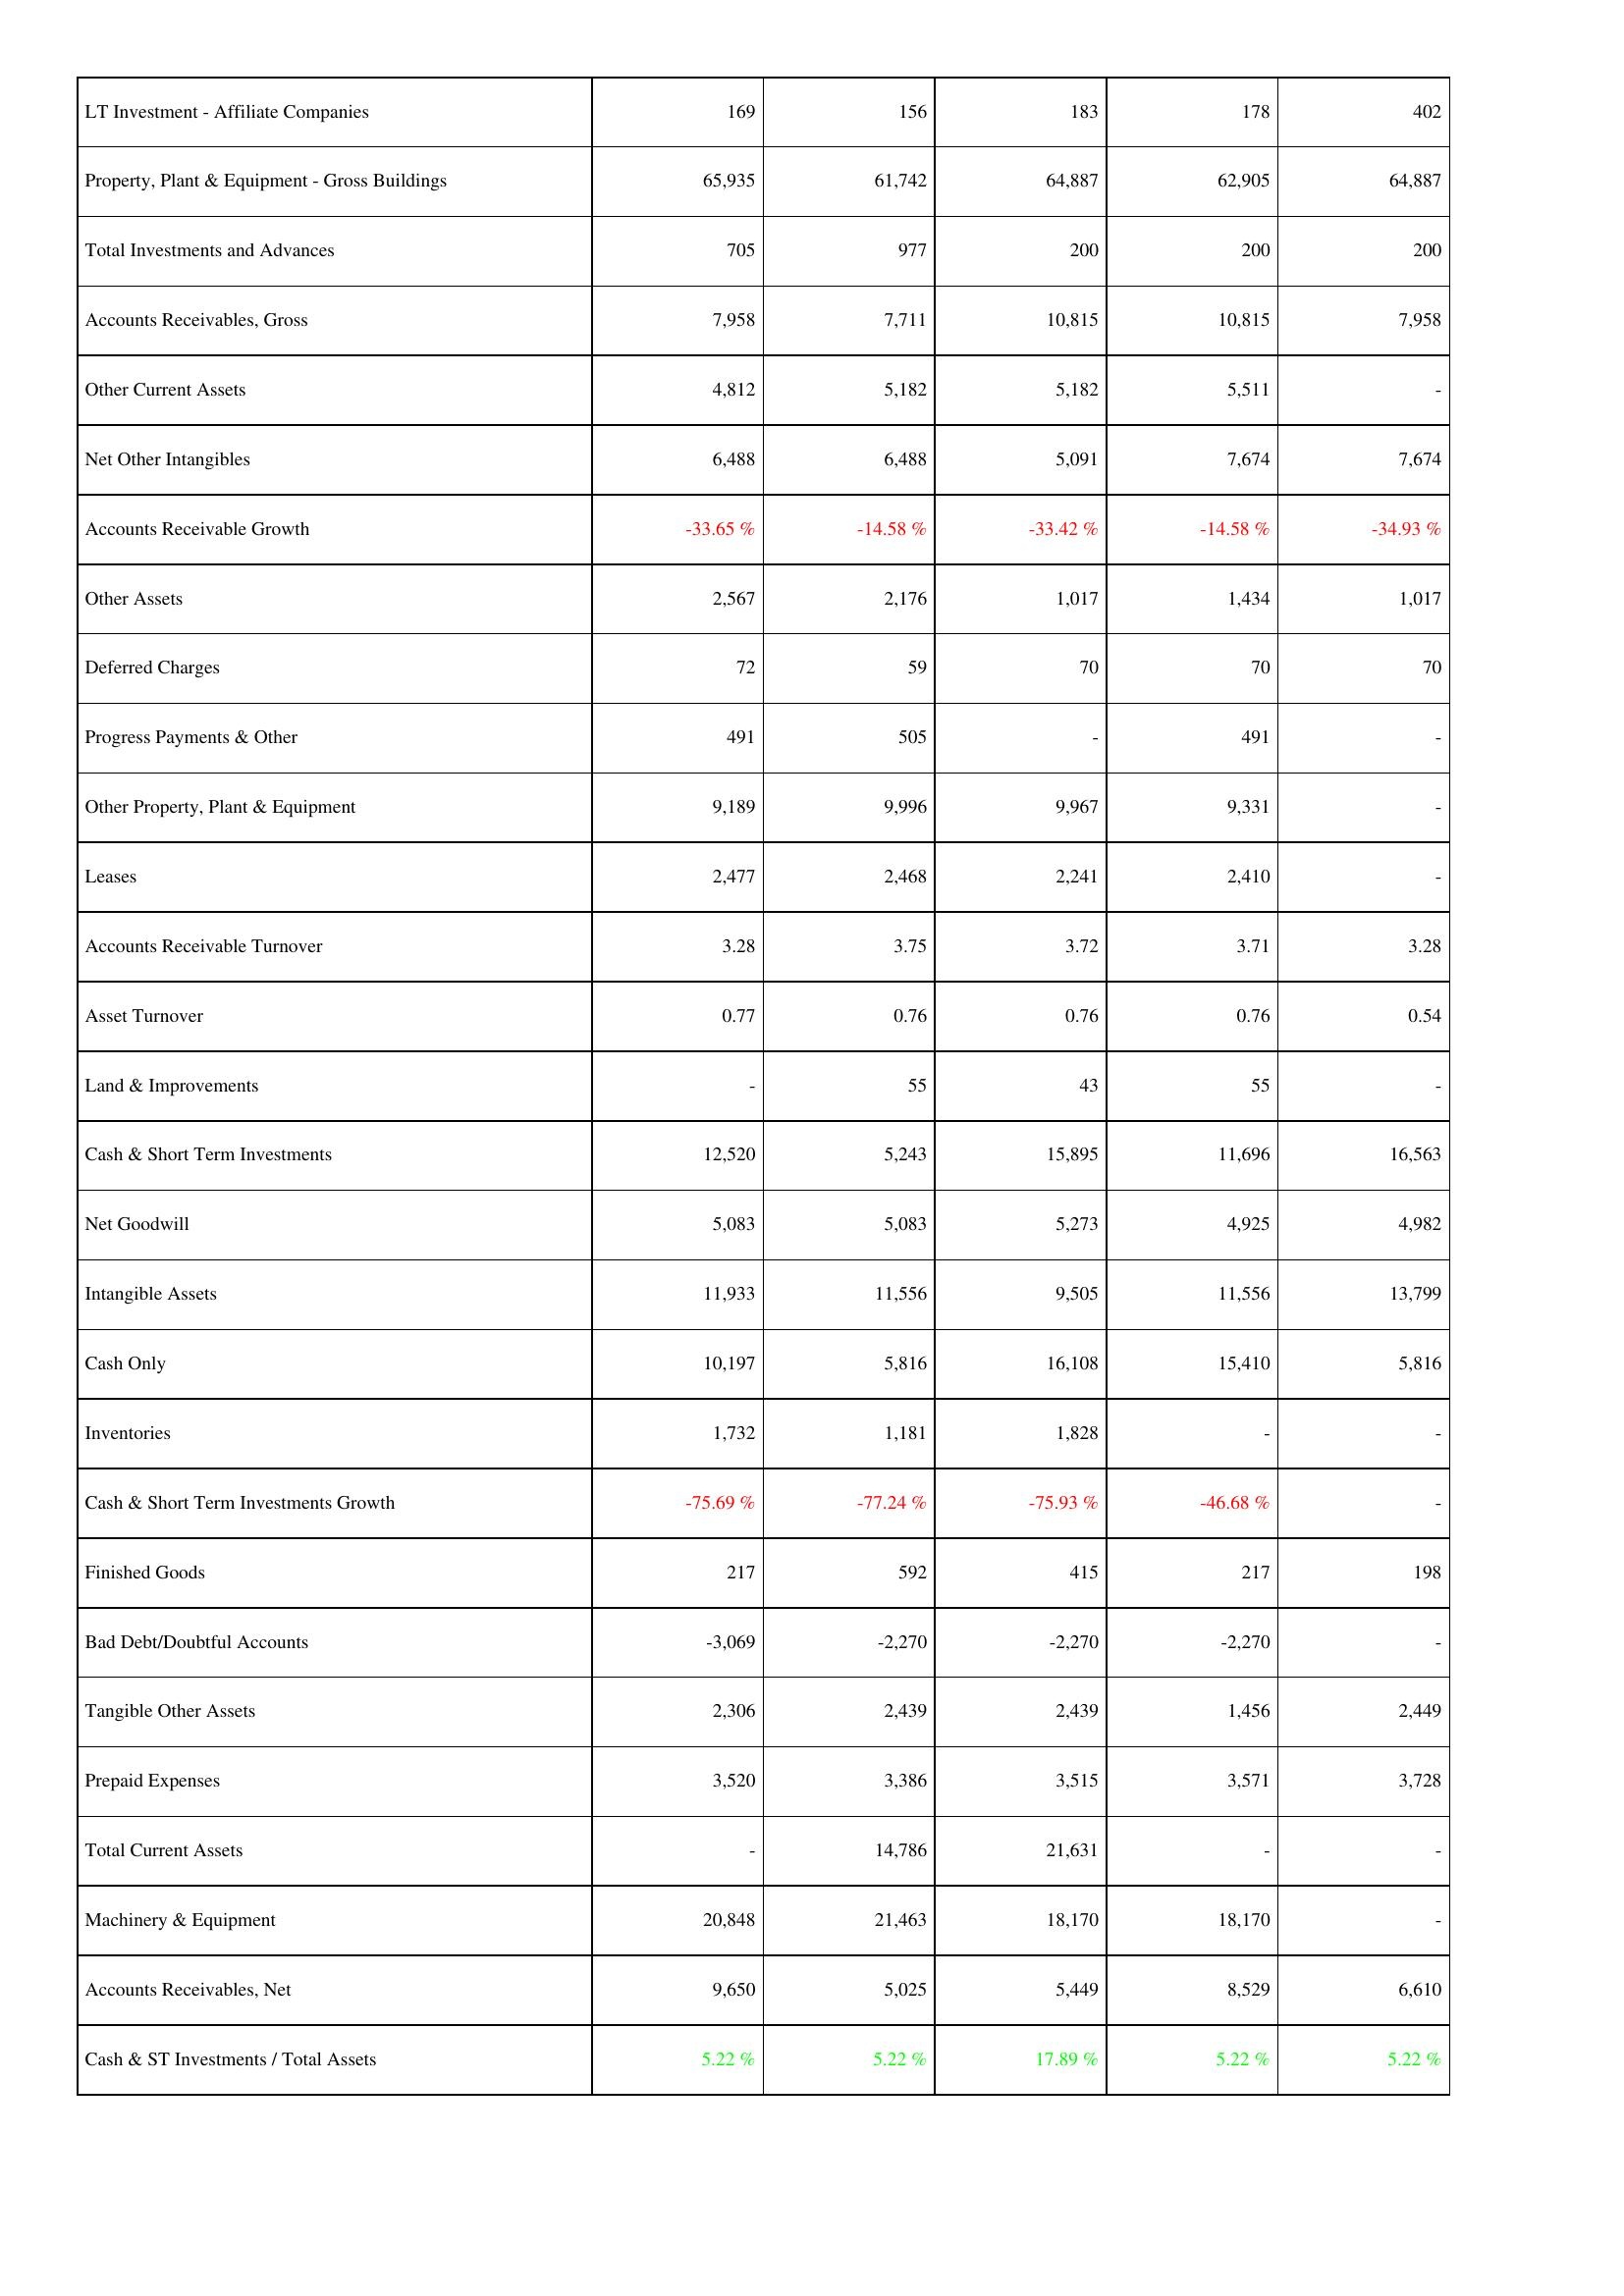
2006: Assets: LT Investment - Affiliate Companies: 169
Property, Plant & Equipment - Gross Buildings: 65,935
Total Investments and Advances: 705
Accounts Receivables, Gross: 7,958
Other Current Assets: 4,812
Net Other Intangibles: 6,488
Accounts Receivable Growth: -33.65 %
Other Assets: 2,567
Deferred Charges: 72
Progress Payments & Other: 491
Other Property, Plant & Equipment: 9,189
Leases: 2,477
Accounts Receivable Turnover: 3.28
Asset Turnover: 0.77
Land & Improvements: -
Cash & Short Term Investments: 12,520
Net Goodwill: 5,083
Intangible Assets: 11,933
Cash Only: 10,197
Inventories: 1,732
Cash & Short Term Investments Growth: -75.69 %
Finished Goods: 217
Bad Debt/Doubtful Accounts: -3,069
Tangible Other Assets: 2,306
Prepaid Expenses: 3,520
Total Current Assets: -
Machinery & Equipment: 20,848
Accounts Receivables, Net: 9,650
Cash & ST Investments / Total Assets: 5.22 %
2007: Assets: LT Investment - Affiliate Companies: 156
Property, Plant & Equipment - Gross Buildings: 61,742
Total Investments and Advances: 977
Accounts Receivables, Gross: 7,711
Other Current Assets: 5,182
Net Other Intangibles: 6,488
Accounts Receivable Growth: -14.58 %
Other Assets: 2,176
Deferred Charges: 59
Progress Payments & Other: 505
Other Property, Plant & Equipment: 9,996
Leases: 2,468
Accounts Receivable Turnover: 3.75
Asset Turnover: 0.76
Land & Improvements: 55
Cash & Short Term Investments: 5,243
Net Goodwill: 5,083
Intangible Assets: 11,556
Cash Only: 5,816
Inventories: 1,181
Cash & Short Term Investments Growth: -77.24 %
Finished Goods: 592
Bad Debt/Doubtful Accounts: -2,270
Tangible Other Assets: 2,439
Prepaid Expenses: 3,386
Total Current Assets: 14,786
Machinery & Equipment: 21,463
Accounts Receivables, Net: 5,025
Cash & ST Investments / Total Assets: 5.22 %
2008: Assets: LT Investment - Affiliate Companies: 183
Property, Plant & Equipment - Gross Buildings: 64,887
Total Investments and Advances: 200
Accounts Receivables, Gross: 10,815
Other Current Assets: 5,182
Net Other Intangibles: 5,091
Accounts Receivable Growth: -33.42 %
Other Assets: 1,017
Deferred Charges: 70
Progress Payments & Other: -
Other Property, Plant & Equipment: 9,967
Leases: 2,241
Accounts Receivable Turnover: 3.72
Asset Turnover: 0.76
Land & Improvements: 43
Cash & Short Term Investments: 15,895
Net Goodwill: 5,273
Intangible Assets: 9,505
Cash Only: 16,108
Inventories: 1,828
Cash & Short Term Investments Growth: -75.93 %
Finished Goods: 415
Bad Debt/Doubtful Accounts: -2,270
Tangible Other Assets: 2,439
Prepaid Expenses: 3,515
Total Current Assets: 21,631
Machinery & Equipment: 18,170
Accounts Receivables, Net: 5,449
Cash & ST Investments / Total Assets: 17.89 %
2009: Assets: LT Investment - Affiliate Companies: 178
Property, Plant & Equipment - Gross Buildings: 62,905
Total Investments and Advances: 200
Accounts Receivables, Gross: 10,815
Other Current Assets: 5,511
Net Other Intangibles: 7,674
Accounts Receivable Growth: -14.58 %
Other Assets: 1,434
Deferred Charges: 70
Progress Payments & Other: 491
Other Property, Plant & Equipment: 9,331
Leases: 2,410
Accounts Receivable Turnover: 3.71
Asset Turnover: 0.76
Land & Improvements: 55
Cash & Short Term Investments: 11,696
Net Goodwill: 4,925
Intangible Assets: 11,556
Cash Only: 15,410
Inventories: -
Cash & Short Term Investments Growth: -46.68 %
Finished Goods: 217
Bad Debt/Doubtful Accounts: -2,270
Tangible Other Assets: 1,456
Prepaid Expenses: 3,571
Total Current Assets: -
Machinery & Equipment: 18,170
Accounts Receivables, Net: 8,529
Cash & ST Investments / Total Assets: 5.22 %
2010: Assets: LT Investment - Affiliate Companies: 402
Property, Plant & Equipment - Gross Buildings: 64,887
Total Investments and Advances: 200
Accounts Receivables, Gross: 7,958
Other Current Assets: -
Net Other Intangibles: 7,674
Accounts Receivable Growth: -34.93 %
Other Assets: 1,017
Deferred Charges: 70
Progress Payments & Other: -
Other Property, Plant & Equipment: -
Leases: -
Accounts Receivable Turnover: 3.28
Asset Turnover: 0.54
Land & Improvements: -
Cash & Short Term Investments: 16,563
Net Goodwill: 4,982
Intangible Assets: 13,799
Cash Only: 5,816
Inventories: -
Cash & Short Term Investments Growth: -
Finished Goods: 198
Bad Debt/Doubtful Accounts: -
Tangible Other Assets: 2,449
Prepaid Expenses: 3,728
Total Current Assets: -
Machinery & Equipment: -
Accounts Receivables, Net: 6,610
Cash & ST Investments / Total Assets: 5.22 %